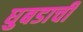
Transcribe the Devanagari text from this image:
घुबडाची